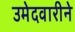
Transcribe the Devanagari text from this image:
उमेदवारीने